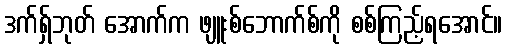
ဒက်ရှ်ဘုတ် အောက်က ဖျူးစ်ဘောက်စ်ကို စစ်ကြည့်ရအောင်။